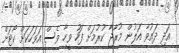
އަދި ދައުވާ އަލުން މުރާޖާ ކުރުމަށް ފަހު ވީހާ ވެސް އަވަހަކަށް ކޯޓަށް